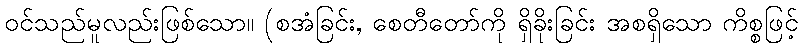
ဝင်သည်မူလည်းဖြစ်သော။ (စအံခြင်း, စေတီတော်ကို ရှိခိုးခြင်း အစရှိသော ကိစ္စဖြင့်